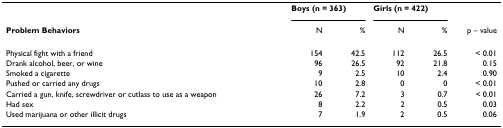
|  | <COLSPAN=2> Boys (n = 363) | <COLSPAN=2> Girls (n = 422) |  |
 | Problem Behaviors | N | % | N | % | p – value |
 | --- | --- | --- | --- | --- | --- |
 | Physical fight with a friend | 154 | 42.5 | 112 | 26.5 | < 0.01 |
 | Drank alcohol, beer, or wine | 96 | 26.5 | 92 | 21.8 | 0.15 |
 | Smoked a cigarette | 9 | 2.5 | 10 | 2.4 | 0.90 |
 | Pushed or carried any drugs | 10 | 2.8 | 0 | 0 | < 0.01 |
 | Carried a gun, knife, screwdriver or cutlass to use as a weapon | 26 | 7.2 | 3 | 0.7 | < 0.01 |
 | Had sex | 8 | 2.2 | 2 | 0.5 | 0.03 |
 | Used marijuana or other illicit drugs | 7 | 1.9 | 2 | 0.5 | 0.06 |